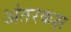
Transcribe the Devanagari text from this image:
अंतरकक्ष